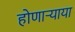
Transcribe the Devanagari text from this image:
होणार्‍याया